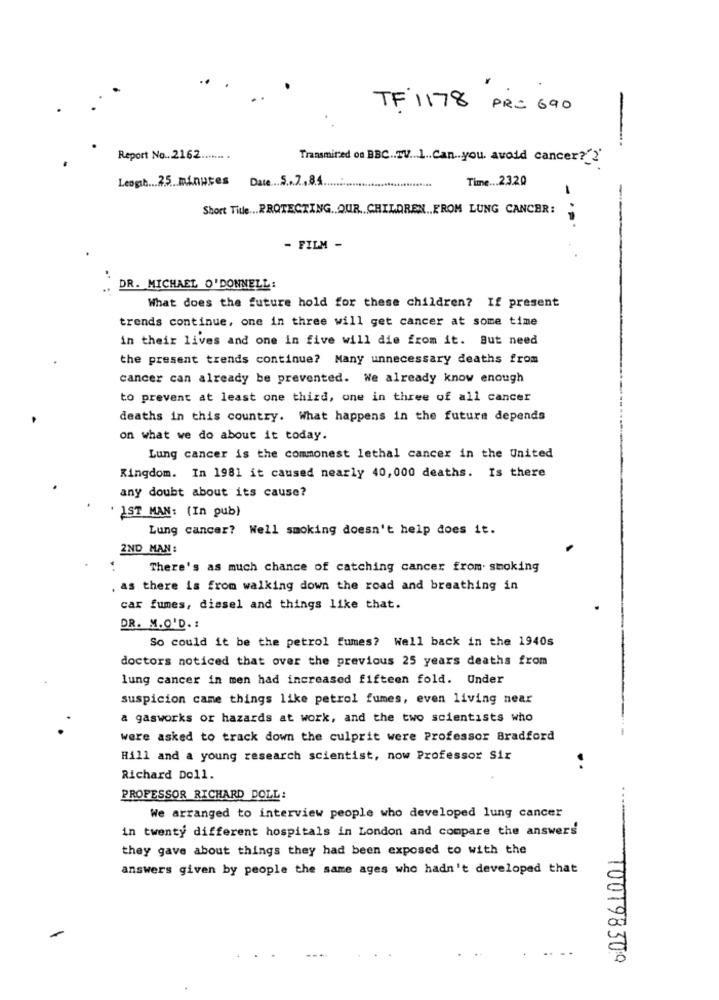
TF 1178 PR= 690
-
---
Report No .. 2162 ....... .
Transmired ou BBC. TV 1 Can you avoid cancer ??
Leogb ... 25 minutes Date ... S ... 2.8.4.
Time ... 2.320
-
Short Tide ... PROTECTING. OUR CHILDREN .. FROM LUNG CANCER:
- FILM -
..
DR. MICHAEL O'DONNELL:
What does the future hold for these children? If present
trends continue, one in three will get cancer at some time
in their lives and one in five will die from it. But need
the present trends continue? Many unnecessary deaths from
cancer can already be prevented. We already know enough
to prevent at least one third, one in three of all cancer
deaths in this country. What happens in the future depends
on what we do about it today.
Lung cancer is the commonest lethal cancer in the United
Kingdom. In 1981 it caused nearly 40, 000 deaths. Is there
any doubt about its cause?
' IST MAN: (In pub)
Lung cancer? Well smoking doesn't help does it.
2ND MAN:
There's as much chance of catching cancer from. smoking
. as there is from walking down the road and breathing in
car fumes, dissel and things like that.
DR. M.O.D. :
So could it be the petrol fumes? Well back in the 1940s
doctors noticed that over the previous 25 years deaths from
lung cancer in men had increased fifteen fold. Under
suspicion came things like petrol fumes, even living near
a gasworks or hazards at work, and the two scientists who
were asked to track down the culprit were Professor Bradford
Hill and a young research scientist, now Professor Six
Richard Doll.
PROFESSOR RICHARD DOLL:
We arranged to interview people who developed lung cancer
in twenty different hospitals in London and compare the answers
they gave about things they had been exposed to with the
answers given by people the same ages who hadn't developed that
100198309